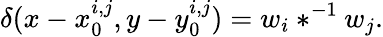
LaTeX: \delta(x-x_{0}^{i,j},y-y_{0}^{i,j})=w_{i}\ast^{-1}w_{j}.